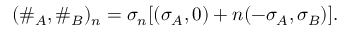
( \# _ { A } , \# _ { B } ) _ { n } = \sigma _ { n } [ ( \sigma _ { A } , 0 ) + n ( - \sigma _ { A } , \sigma _ { B } ) ] .